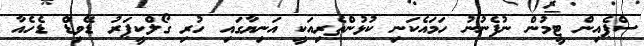
ސްޕެއިން ޓީމުން ނުފެނުނު ހަމައެކަނި ކުޅުންތެރިއަކީ އަނިޔާގައި ހުރި ގޯލްކީޕަރު ޑޭވިޑް ޑެހެއާ